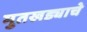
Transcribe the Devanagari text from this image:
मुतखड्याचे